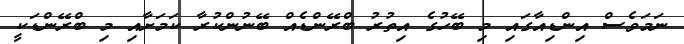
ނަމަވެސް އިންޑިއާގައި މި ބޭހުގެ އިތުރު ބްރޭންޑެއް ބޭނުންކުރާ ކަމަށާއި މި ބްރޭންޑަކީ